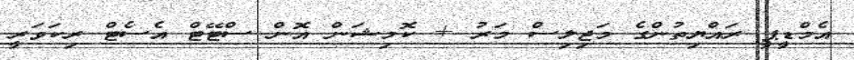
އެމްޑީޕީ ރައްޔިތުންގެ މަޖިލިސް މަރު + ކޮމިޝަން އޮން ސްޓޭޓް އެސެޓް ރިކަވަރީ